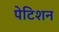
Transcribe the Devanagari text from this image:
पेटिशन